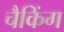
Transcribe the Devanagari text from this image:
चैकिंग